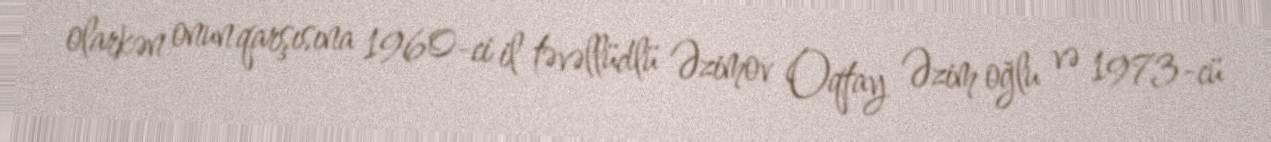
olarkən onun qarşısına 1960-ci il təvəllüdlü Əzimov Oqtay Əzim oğlu və 1973-cü